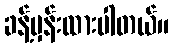
ခန့်မှန်းထားပါတယ်။